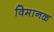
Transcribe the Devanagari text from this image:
विमानळ